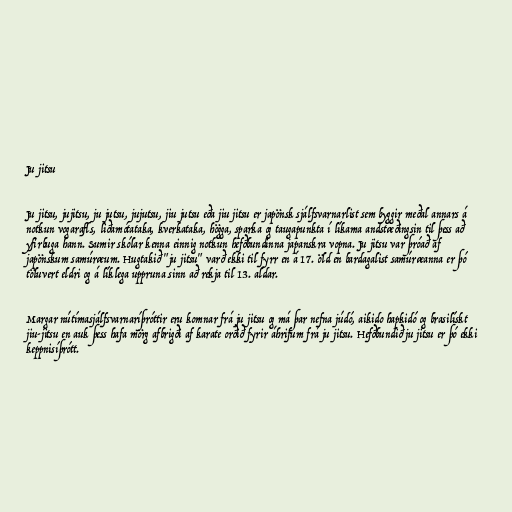
Ju jitsu

Ju jitsu, jujitsu, ju jutsu, jujutsu, jiu jutsu eða jiu jitsu er japönsk sjálfsvarnarlist sem byggir meðal annars á
notkun vogarafls, liðamótataka, kverkataka, högga, sparka og taugapunkta í líkama andstæðingsin til þess að
yfirbuga hann. Sumir skólar kenna einnig notkun hefðbundinna japanskra vopna. Ju jitsu var þróað af
japönskum samúræum. Hugtakið "ju jitsu" varð ekki til fyrr en á 17. öld en bardagalist samúræanna er þó
töluvert eldri og á líklega uppruna sinn að rekja til 13. aldar.

Margar nútímasjálfsvarnaríþróttir eru komnar frá ju jitsu og má þar nefna júdó, aikido hapkidó og brasilískt
jiu-jitsu en auk þess hafa mörg afbrigði af karate orðið fyrir áhrifum frá ju jitsu. Hefðbundið ju jitsu er þó ekki
keppnisíþrótt.